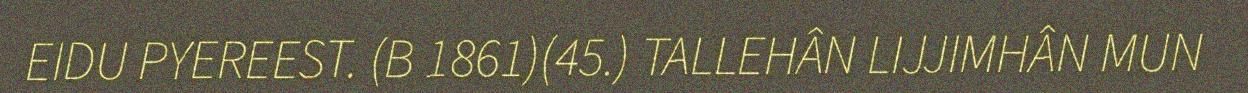
EIDU PYEREEST. (B 1861)(45.) TALLEHÂN LIJJIMHÂN MUN